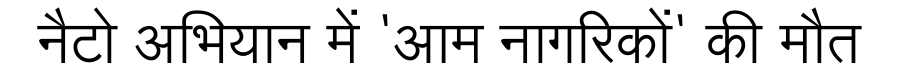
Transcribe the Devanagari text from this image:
नैटो अभियान में 'आम नागरिकों' की मौत